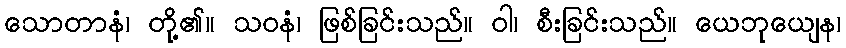
သောတာနံ၊ တို့၏။ သဝနံ၊ ဖြစ်ခြင်းသည်။ ဝါ၊ စီးခြင်းသည်။ ယေဘုယျေန၊